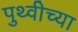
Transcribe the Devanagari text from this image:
पुथ्वीच्या